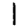
Digit: 1